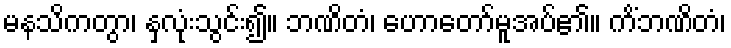
မနသိကတွာ၊ နှလုံးသွင်း၍။ ဘဏိတံ၊ ဟောတော်မူအပ်၏။ ကိံဘဏိတံ၊